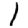
Digit: 1